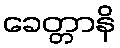
ခေတ္တာနိ